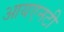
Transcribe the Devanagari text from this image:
आयएनटी